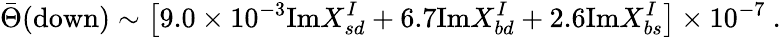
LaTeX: \bar{\Theta}(\mathrm{down})\sim\left[9.0\times 10^{-3}\mathrm{Im}X_{sd}^{I}+6.7\mathrm{Im}X_{bd}^{I}+2.6\mathrm{Im}X_{bs}^{I}\right]\times 10^{-7}\ .